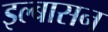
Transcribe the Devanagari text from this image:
इल्बासन